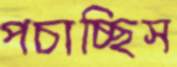
পচাচ্ছিস